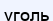
уголь